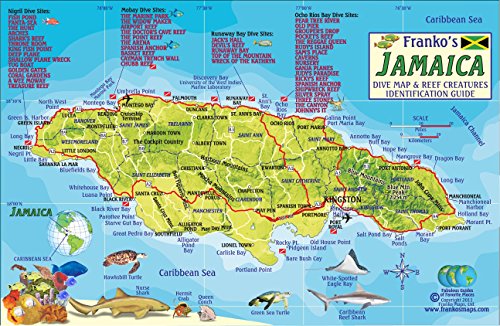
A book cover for Jamaica Dive Map & Coral Reef Creatures Guide Franko Maps Laminated Fish Card; Franko Maps Ltd.; Travel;